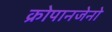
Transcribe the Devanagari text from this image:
क्रोपानजेनो